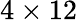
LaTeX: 4\times 12